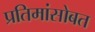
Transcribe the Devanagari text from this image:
प्रतिमांसोबत